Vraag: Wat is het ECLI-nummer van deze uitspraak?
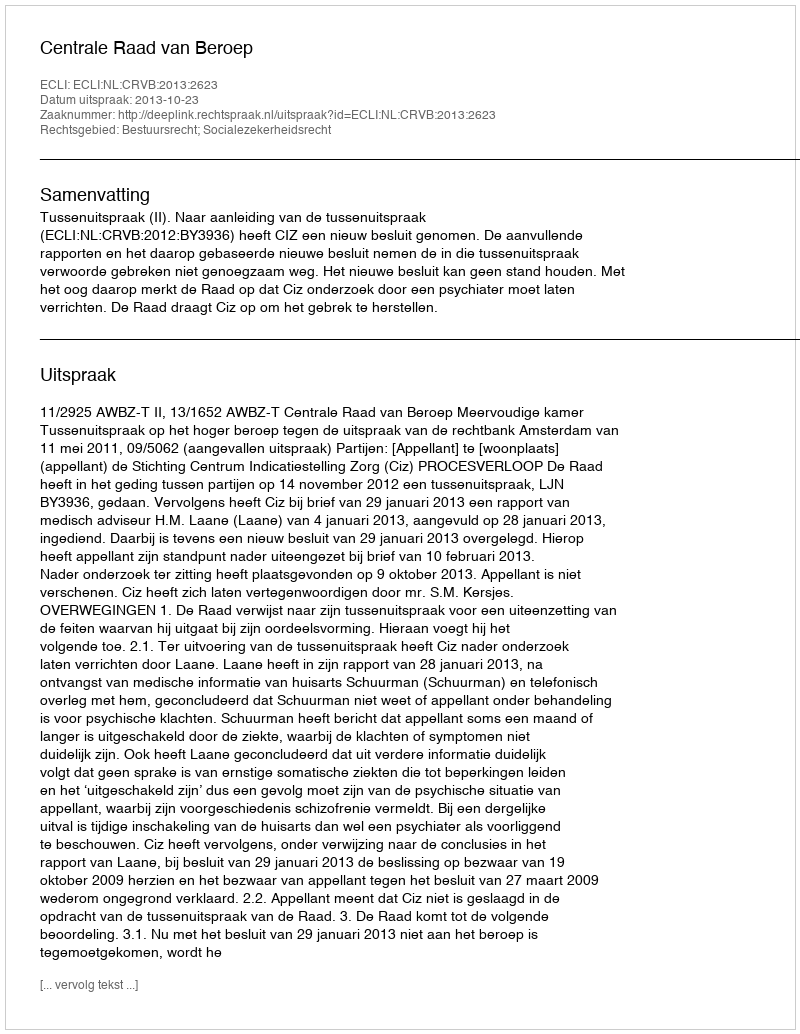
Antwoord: ECLI:NL:CRVB:2013:2623